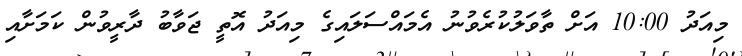
މިއަދު 10:00 އަށް ތާވަލުކުރެވުނު އެމައްސަލައިގެ މިއަދު އޮތީ ޖަވާބު ދާރީވުން ކަމަށާއި